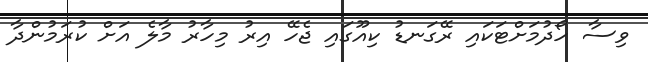
ވިސާ ހޯދުމަށްޓަކައި ރޭގަނޑު ކިއޫގައި ޖެހޭ އިރު މިހާރު މާލެ އަށް ކުރަމުންދާ